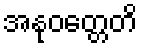
အနုဝတ္တေတိ